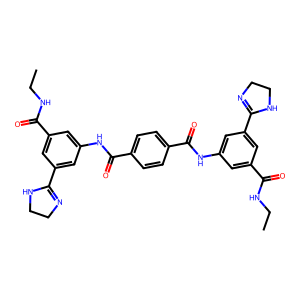
SMILES: CCNC(=O)c1cc(NC(=O)c2ccc(C(=O)Nc3cc(C(=O)NCC)cc(C4=NCCN4)c3)cc2)cc(C2=NCCN2)c1
Inhibits HIV replication: No